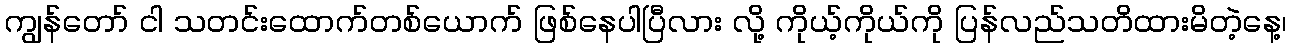
ကျွန်တော် ငါ သတင်းထောက်တစ်ယောက် ဖြစ်နေပါပြီလား လို့ ကိုယ့်ကိုယ်ကို ပြန်လည်သတိထားမိတဲ့နေ့၊